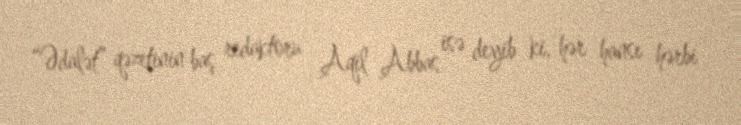
“Ədalət” qəzetinin baş redaktoru Aqil Abbas isə deyib ki, hər hansı hərbi